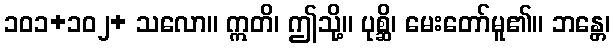
၁၀၁+၁၀၂+ သလော။ ဣတိ၊ ဤသို့။ ပုစ္ဆိ၊ မေးတော်မူ၏။ ဘန္တေ၊